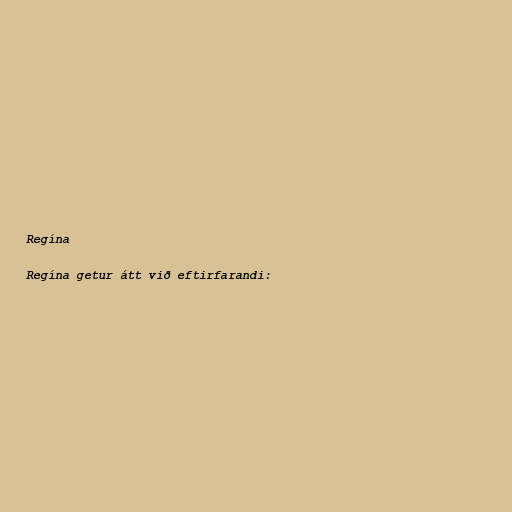
Regína

Regína getur átt við eftirfarandi: